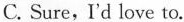
C.Sure, I'd love to.